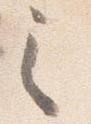
之